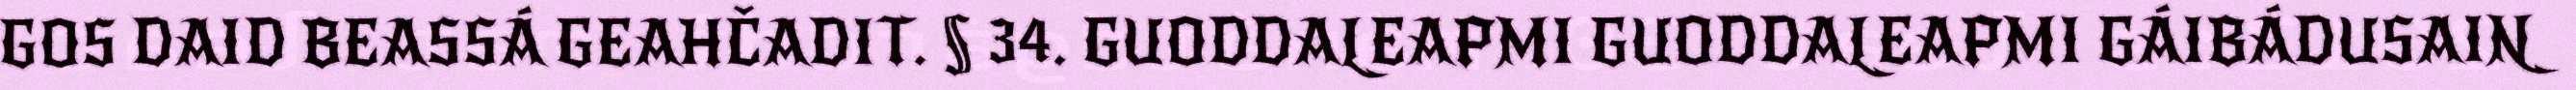
GOS DAID BEASSÁ GEAHČADIT. § 34. GUODDALEAPMI GUODDALEAPMI GÁIBÁDUSAIN